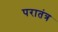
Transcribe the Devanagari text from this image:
परातंत्र